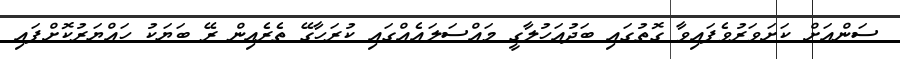
ސަންއަށް ކަށަވަރުވެފައިވާ ގޮތުގައި ބަދުއަހުލާގީ މައްސަލައެއްގައި ކުރަހާގޭ ތެރެއިން ރޭ ބަޔަކު ހައްޔަރުކޮށްފައި